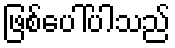
ဖြစ်ပေါ်ပါသည်